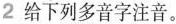
2 给下列多音字注音。